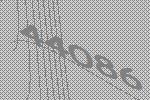
44086